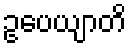
ဥပေယျာတိ